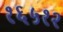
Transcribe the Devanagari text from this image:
१६५१२